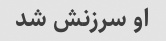
او سرزنش شد